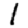
Digit: 1